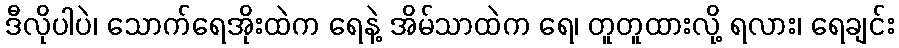
ဒီလိုပါပဲ၊ သောက်ရေအိုးထဲက ရေနဲ့ အိမ်သာထဲက ရေ၊ တူတူထားလို့ ရလား၊ ရေချင်း